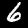
Label: 6